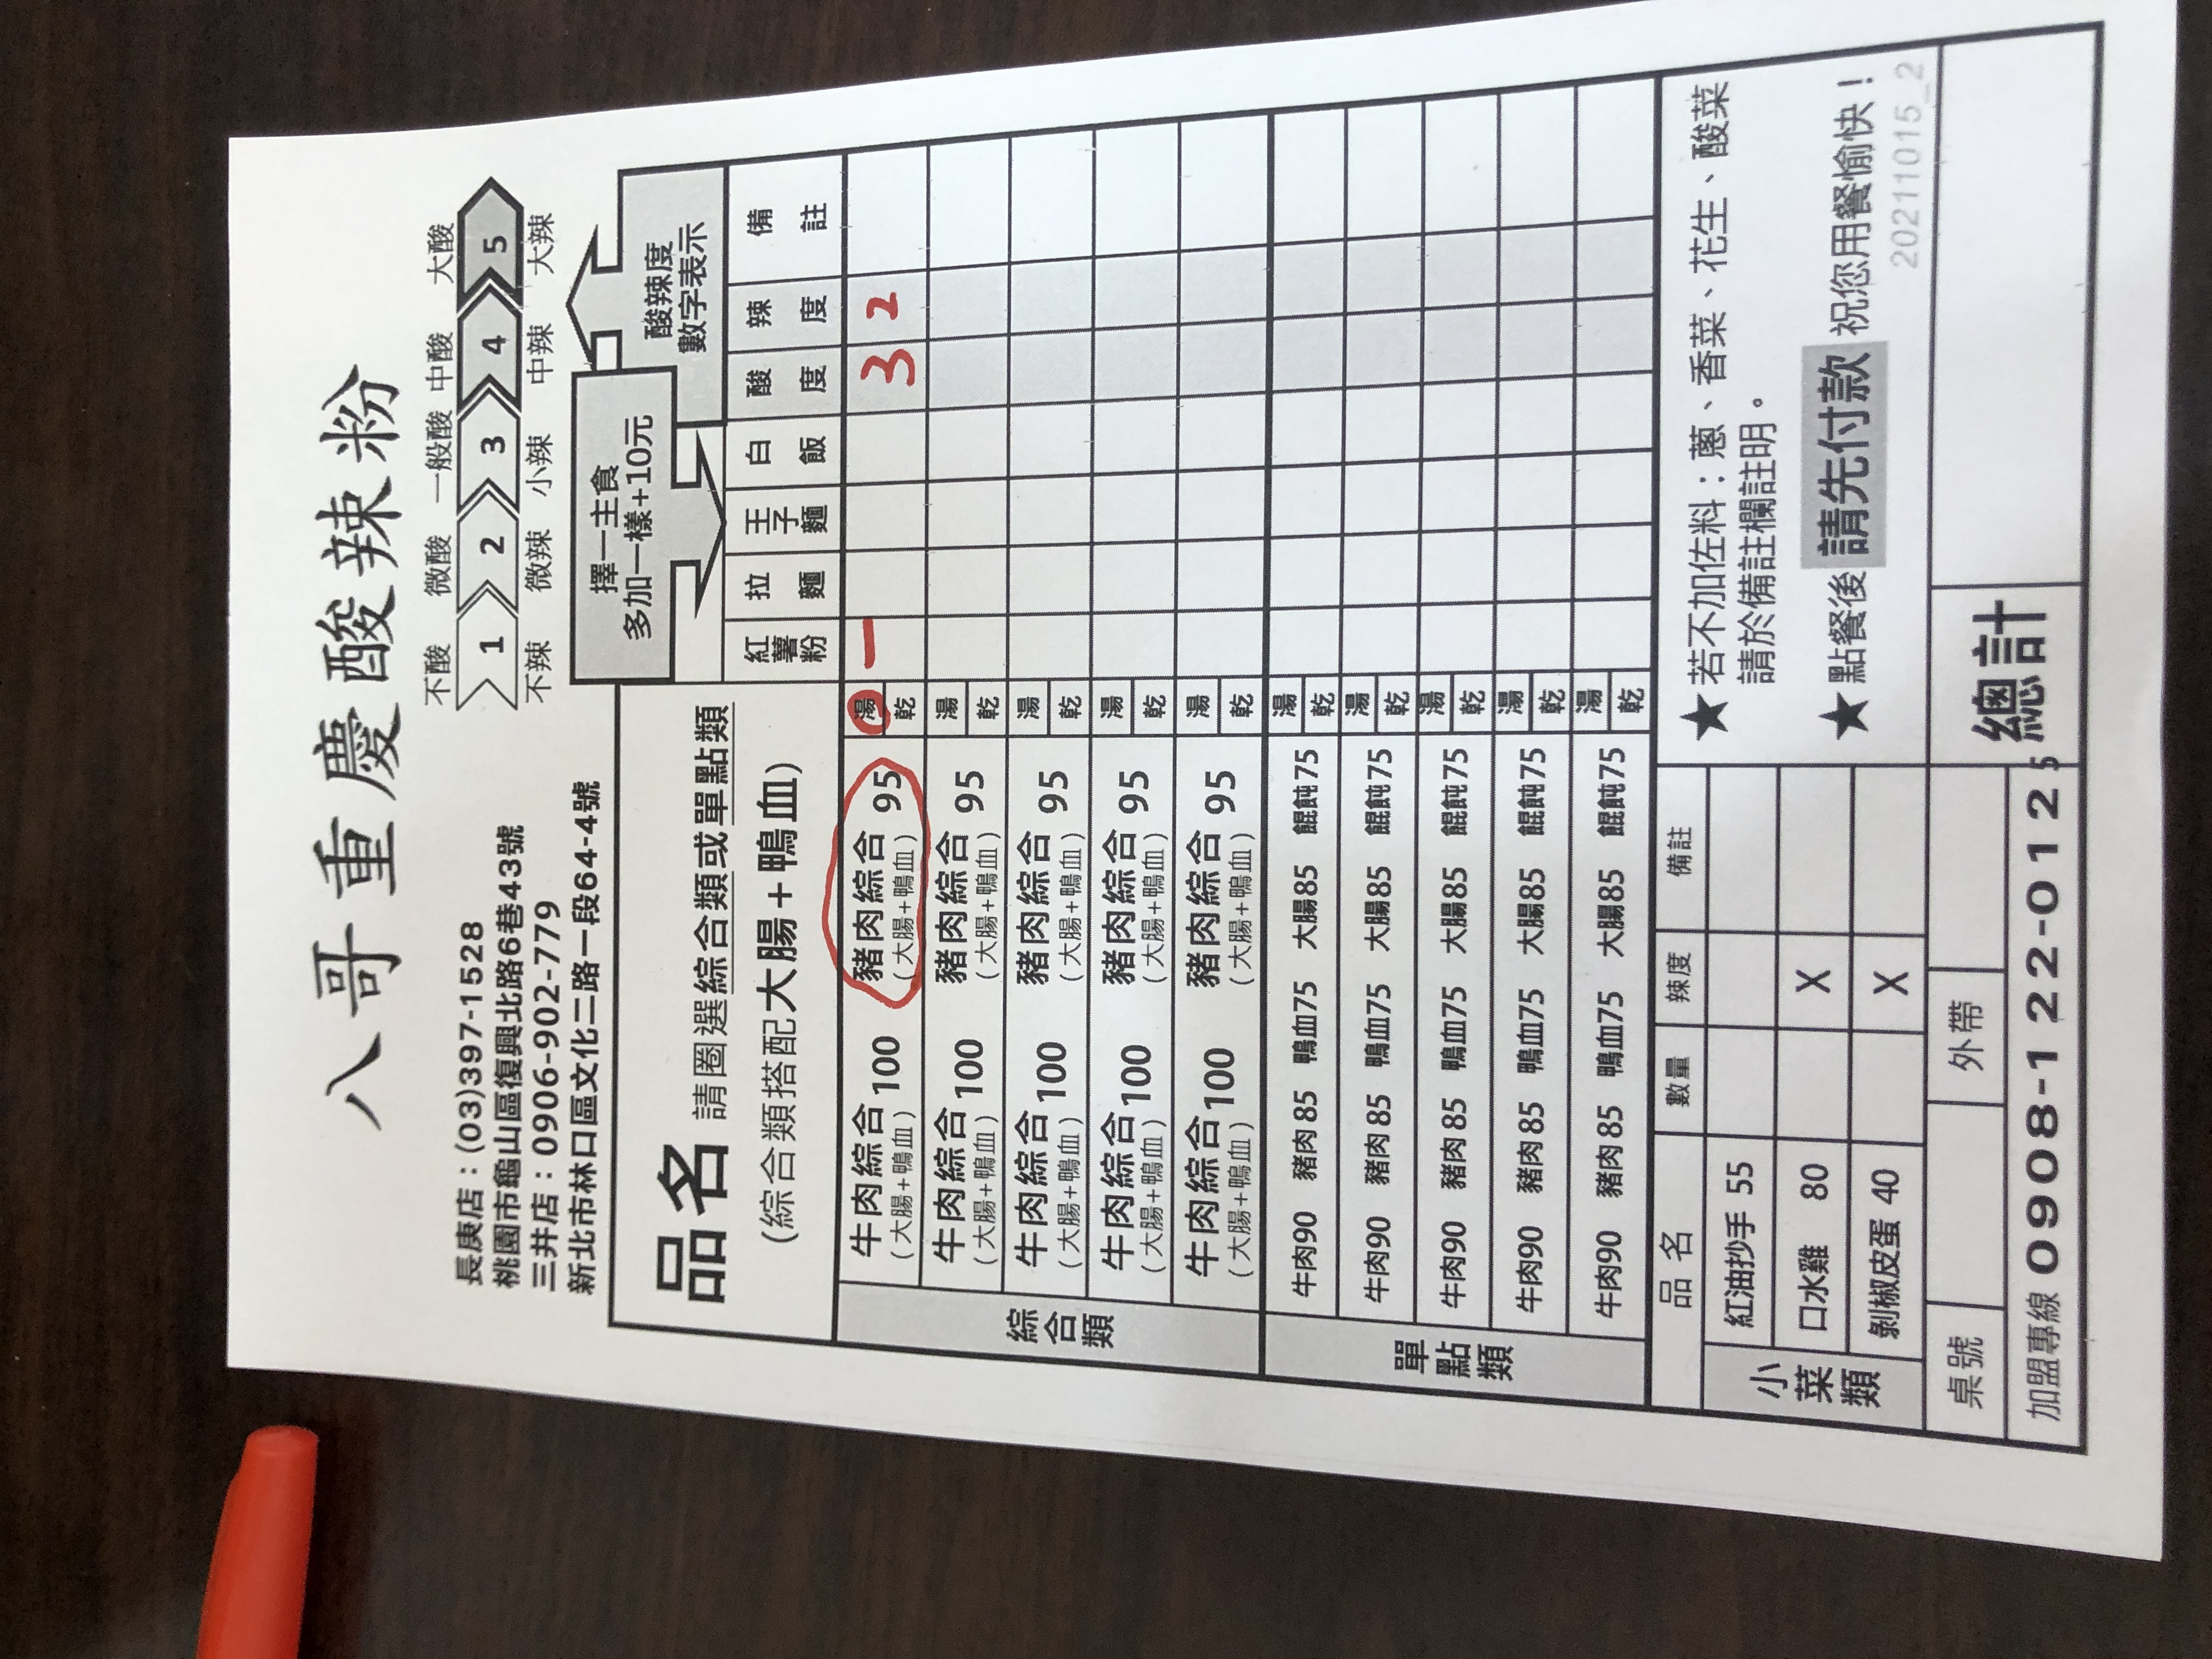
餐廳：八哥重慶酸辣粉
地址：桃園市龜山區復興北路6巷43號
電話：(03)3971528
菜單：
name: 牛肉綜合 (大腸+鴨血)
price: 100
name: 豬肉綜合 (大腸+鴨血)
price: 95
name: 豬肉
price: 90
name: 豬肉
price: 85
name: 鴨血
price: 75
name: 大腸
price: 85
name: 紅油抄手
price: 55
name: 口水雞
price: 80
name: 剝椒皮蛋
price: 40